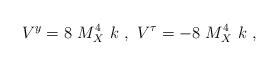
LaTeX: \begin{align*}V^y = 8 ~M_X^4~ k~,~ V^{\tau} = - 8~M_X^4~ k~,~\,\end{align*}